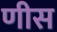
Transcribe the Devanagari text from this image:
णीस